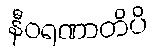
နီဝရဏာတိပိ